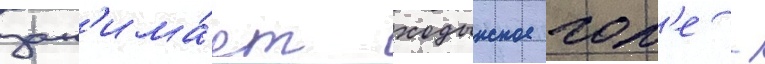
зан'има́ет ходынское пол'е -